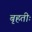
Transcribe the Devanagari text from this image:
बृहतीः